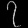
Digit: ၇